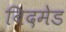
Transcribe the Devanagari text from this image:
बिदमेड